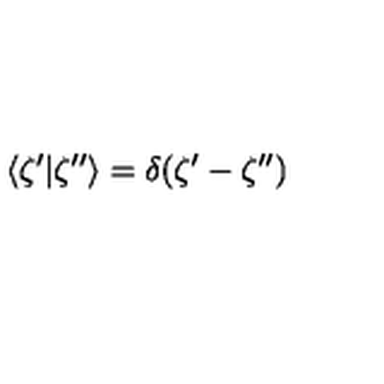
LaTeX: \langle \zeta ^ { \prime } | \zeta ^ { \prime \prime } \rangle = \delta ( \zeta ^ { \prime } - \zeta ^ { \prime \prime } )